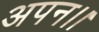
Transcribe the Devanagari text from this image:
अपन।।